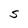
Character: S